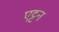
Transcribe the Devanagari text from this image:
एट्टन